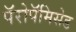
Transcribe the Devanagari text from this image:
पॅरोपॅमिसेड